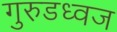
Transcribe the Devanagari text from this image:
गुरुडध्वज